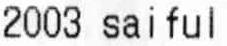
2003 SAI FUL